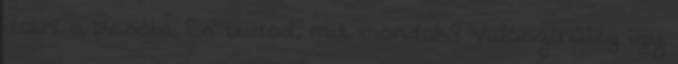
dobni a picsába. És tudod, mit mondok? Valószínűleg így